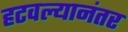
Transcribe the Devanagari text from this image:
हटवल्यानंतर